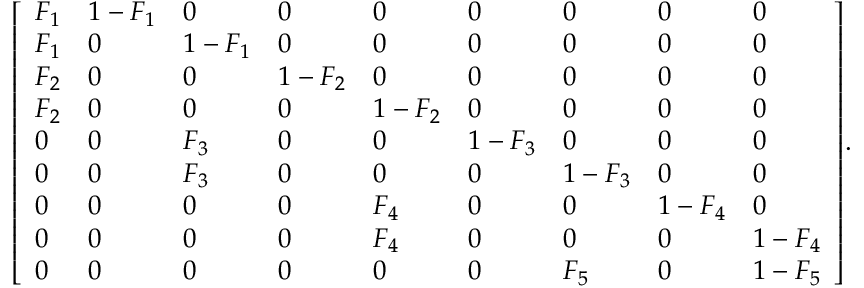
{ \left[ \begin{array} { l l l l l l l l l } { F _ { 1 } } & { 1 - F _ { 1 } } & { 0 } & { 0 } & { 0 } & { 0 } & { 0 } & { 0 } & { 0 } \\ { F _ { 1 } } & { 0 } & { 1 - F _ { 1 } } & { 0 } & { 0 } & { 0 } & { 0 } & { 0 } & { 0 } \\ { F _ { 2 } } & { 0 } & { 0 } & { 1 - F _ { 2 } } & { 0 } & { 0 } & { 0 } & { 0 } & { 0 } \\ { F _ { 2 } } & { 0 } & { 0 } & { 0 } & { 1 - F _ { 2 } } & { 0 } & { 0 } & { 0 } & { 0 } \\ { 0 } & { 0 } & { F _ { 3 } } & { 0 } & { 0 } & { 1 - F _ { 3 } } & { 0 } & { 0 } & { 0 } \\ { 0 } & { 0 } & { F _ { 3 } } & { 0 } & { 0 } & { 0 } & { 1 - F _ { 3 } } & { 0 } & { 0 } \\ { 0 } & { 0 } & { 0 } & { 0 } & { F _ { 4 } } & { 0 } & { 0 } & { 1 - F _ { 4 } } & { 0 } \\ { 0 } & { 0 } & { 0 } & { 0 } & { F _ { 4 } } & { 0 } & { 0 } & { 0 } & { 1 - F _ { 4 } } \\ { 0 } & { 0 } & { 0 } & { 0 } & { 0 } & { 0 } & { F _ { 5 } } & { 0 } & { 1 - F _ { 5 } } \end{array} \right] } .